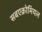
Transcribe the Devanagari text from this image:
सबएक्रोमियल